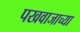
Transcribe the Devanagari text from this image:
पखवाजाच्या